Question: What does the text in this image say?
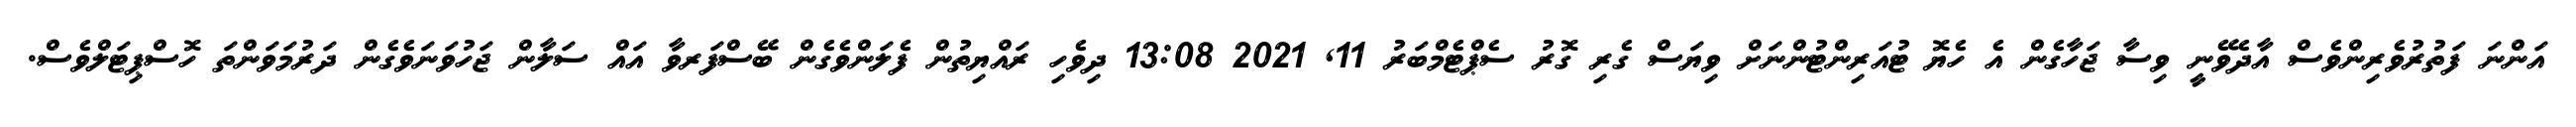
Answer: އަންނަ ފަތުރުވެރިންވެސް އާދެވޭނީ ވިސާ ޖަހާގެން އެ ހެޔޮ ޓުއަރިންޓުންނަށް ވިޔަސް ގެރި ގޮރު ސެޕްޓެމްބަރު 11, 2021 13:08 ދިވެހި ރައްޔިތުން ފެލަންވެގެން ބޭސްފަރވާ އައް ސަލާން ޖަހުވަނަވެގެން ދަރުމަވަންތަ ހޮސްޕިޓަލްވެސް.